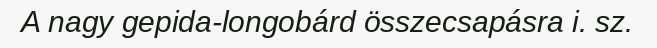
A nagy gepida-longobárd összecsapásra i. sz.